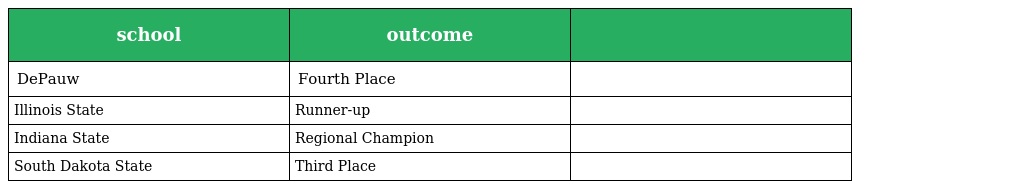
| school | outcome |  |
 | --- | --- | --- |
 | DePauw | Fourth Place |  |
 | Illinois State | Runner-up |  |
 | Indiana State | Regional Champion |  |
 | South Dakota State | Third Place |  |